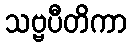
သဗ္ဗပီတိကာ